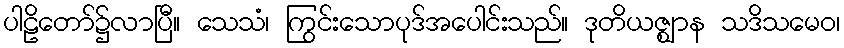
ပါဠိတော်၌လာပြီ။ သေသံ၊ ကြွင်းသောပုဒ်အပေါင်းသည်။ ဒုတိယဇ္ဈာန သဒိသမေဝ၊